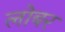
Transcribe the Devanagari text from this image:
लोबर